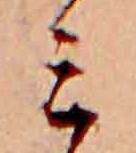
ミ